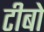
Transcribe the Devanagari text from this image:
टीबो